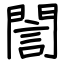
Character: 誾